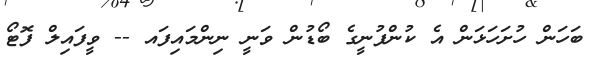
ބަހަން ހުށަހަޅަން އެ ކުންފުނީގެ ބޯޑުން ވަނީ ނިންމައިފައ -- ވީފައިލް ފޮޓޯ